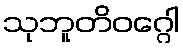
သုဘူတိဝဂ္ဂေါ